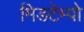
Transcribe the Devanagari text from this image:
मिडटेम्पो